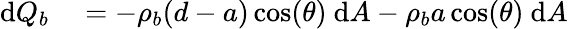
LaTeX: \begin{array}{rl}{\mathrm{d}Q_{b}}&{{}=-\rho_{b}(d-a)\cos(\theta)\ \mathrm{d}A-\rho_{b}a\cos(\theta)\ \mathrm{d}A}\end{array}